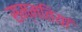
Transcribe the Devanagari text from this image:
सम्मतियां